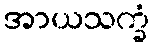
အာယသက္ခံ